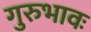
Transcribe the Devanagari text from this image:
गुरुभावः